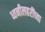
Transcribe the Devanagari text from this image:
ध्वनीलहरींच्या